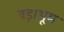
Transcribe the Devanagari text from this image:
बड़ाभूम